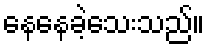
နေနေခဲ့သေးသည်။